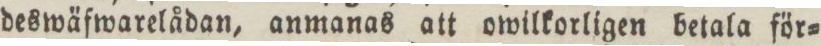
deswäfwarelådan, anmanas att owilkorligen betala för=